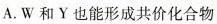
A.W和Y也能形成共价化合物